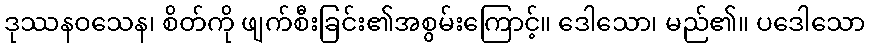
ဒုဿနဝသေန၊ စိတ်ကို ဖျက်စီးခြင်း၏အစွမ်းကြောင့်။ ဒေါသော၊ မည်၏။ ပဒေါသော